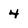
Character: 4